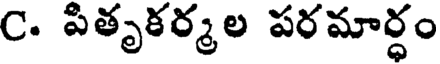
C. పితృకర్మల పరమార్ధం